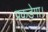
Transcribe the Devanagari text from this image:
पकड़ेगा।